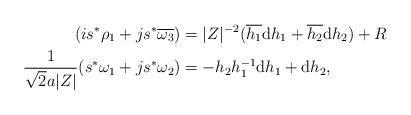
LaTeX: \begin{align*} (i s^*\rho_1 +j s^* \overline{\omega_3})&=|Z|^{-2} (\overline{h_1} \mathrm{d}h_1 + \overline{h_2} \mathrm{d}h_2)+R \\ \frac{1}{\sqrt{2}a |Z|}(s^*\omega_1+j s^*\omega_2)&=-h_2 h_1^{-1} \mathrm{d}h_1 + \mathrm{d}h_2, \end{align*}